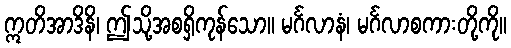
ဣတိအာဒိနိ၊ ဤသို့အစရှိကုန်သော။ မင်္ဂလာနံ၊ မင်္ဂလာစကားတို့ကို။